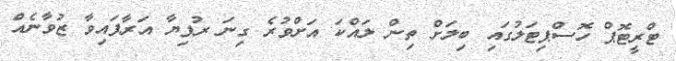
ޓްރީޓޮޕް ހޮސްޕިޓަލުގައި ބިލަށް ތިން ލައްކަ އަށްވުރެ ގިނަ ރުފިޔާ އަރާފައިވާ ޒުވާނެއް